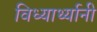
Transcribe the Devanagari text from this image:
विध्यार्थ्यानी